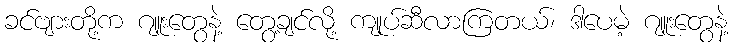
ခင်ဗျားတို့က ဂျူးတွေနဲ့ တွေ့ချင်လို့ ကျုပ်ဆီလာကြတယ်၊ ဒါပေမဲ့ ဂျူးတွေနဲ့